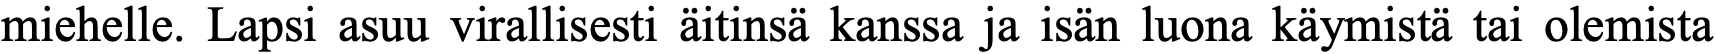
miehelle. Lapsi asuu virallisesti äitinsä kanssa ja isän luona käymistä tai olemista